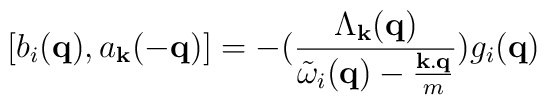
[b_{i}({\bf{q}}), a_{ {\bf{k}} }(-{\bf{q}})] = -(\frac{ \Lambda_{ {\bf{k}} }({\bf{q}}) }{ {\tilde{\omega}}_{i}({\bf{q}}) - \frac{ {\bf{k.q}} }{m} })g_{i}({\bf{q}})